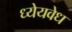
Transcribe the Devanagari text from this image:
ध्येयवेध